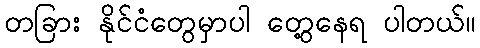
တခြား နိုင်ငံတွေမှာပါ တွေ့နေရ ပါတယ်။